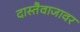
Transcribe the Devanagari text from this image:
दास्तैवाजावर